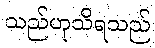
သည်ဟုသိရသည်